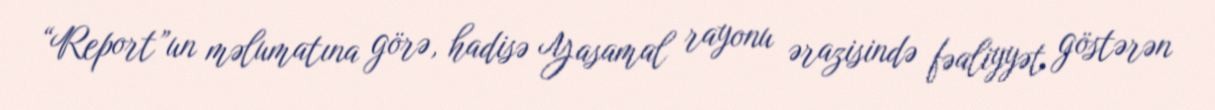
“Report”un məlumatına görə, hadisə Yasamal rayonu ərazisində fəaliyyət göstərən